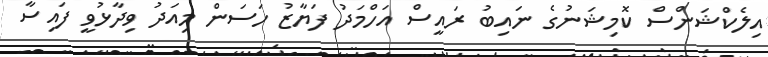
އިލެކްޝަންސް ކޮމިޝަނުގެ ނައިބު ރައީސް އަހްމަދު ފަޔާޒު ހަސަން މިއަދު ވިދާޅުވީ ފައިސާ